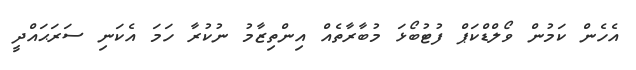
އެހެން ކަމުން ވޯލްޑްކަޕް ފުޓުބޯޅަ މުބާރާތެއް އިންތިޒާމު ނުކުރާ ހަމަ އެކަނި ސަރަޙައްދީ